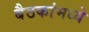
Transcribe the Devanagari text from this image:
बैठकांमध्ये